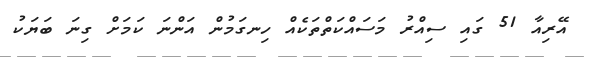
އޭރިއާ 51 ގައި ސިއްރު މަސައްކަތްތަކެއް ހިނގަމުން އަންނަ ކަމަށް ގިނަ ބަޔަކު